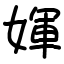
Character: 媈